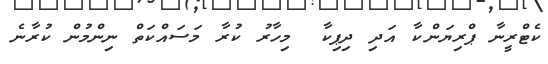
ކެޓްރީނާ ޕްރިޔަންކާ އަދި ދިޕިކާ  މިހާރު ކުރާ މަސައްކަތް ނިންމުން ކުރާނެ